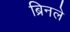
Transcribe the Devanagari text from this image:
ब्रिनले